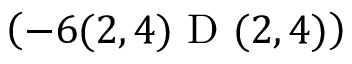
\left( - 6 ( 2 , 4 ) \textrm { D } ( 2 , 4 ) \right)